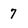
Character: 7